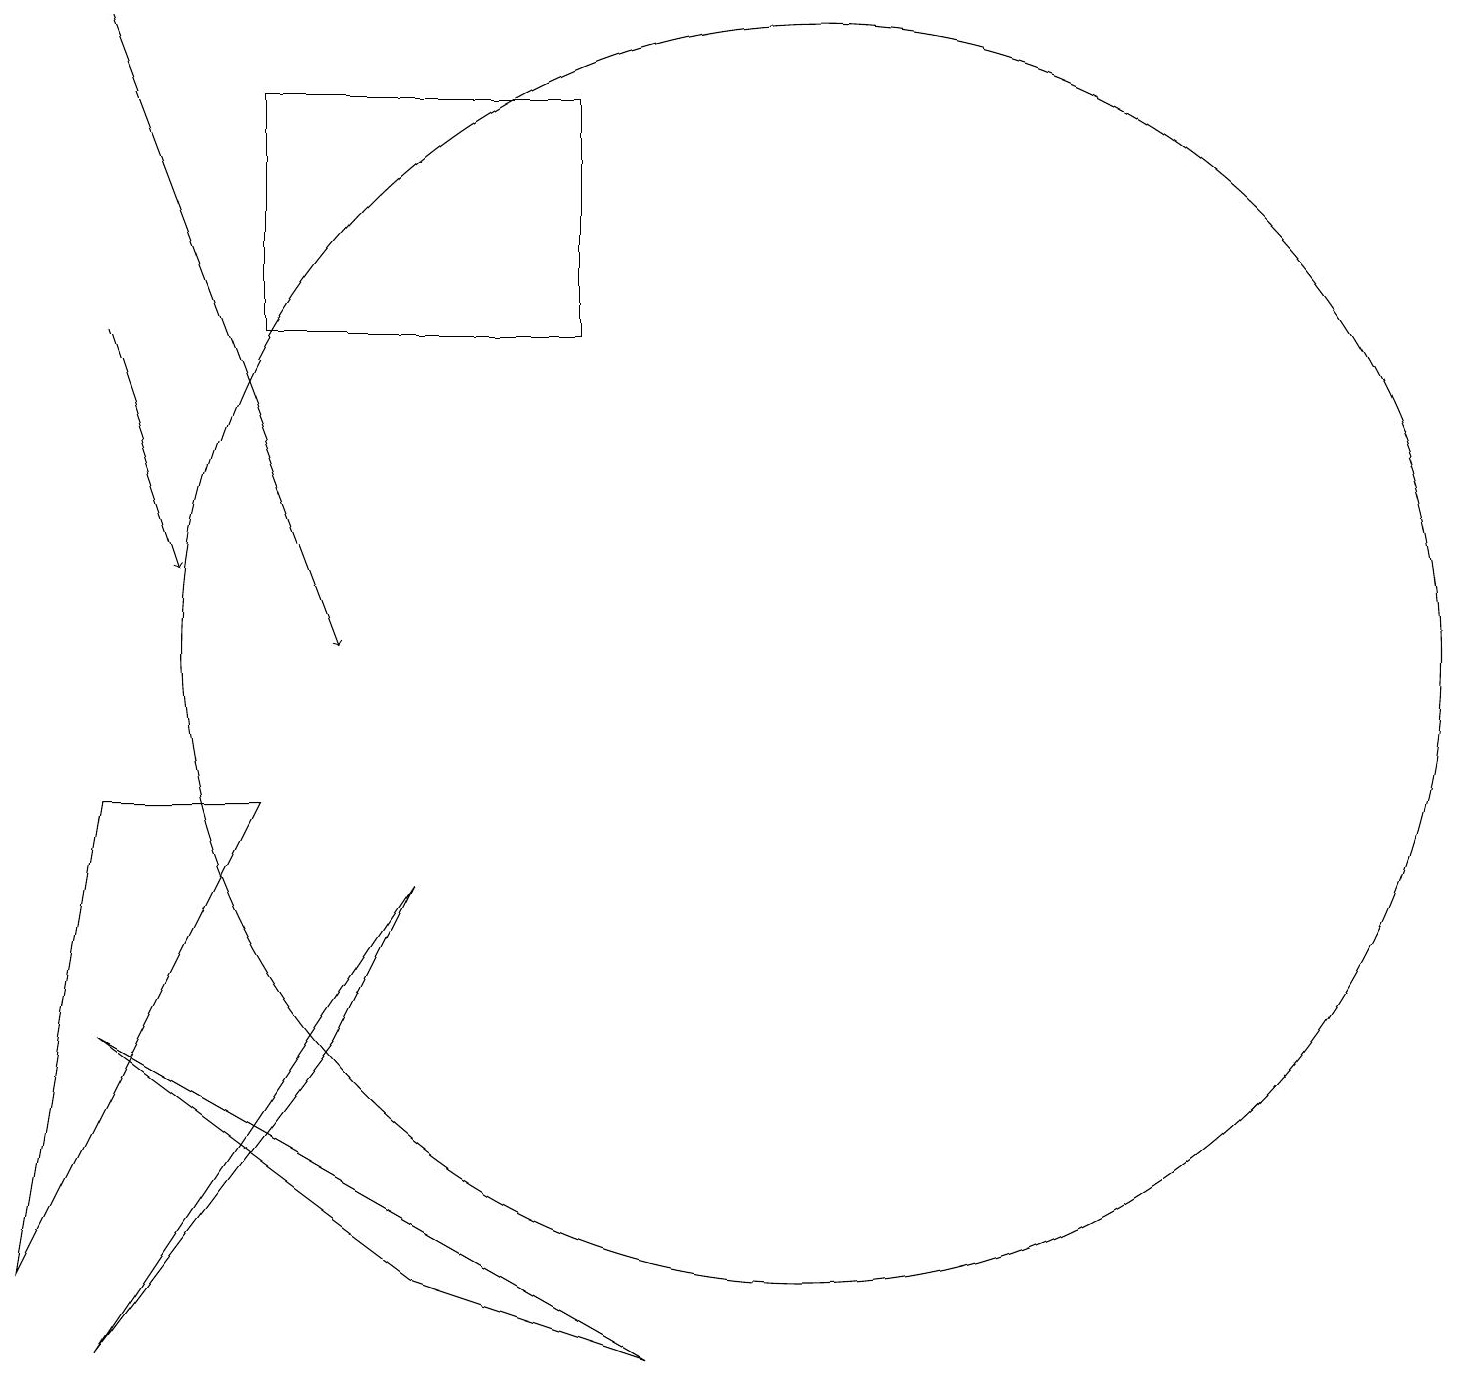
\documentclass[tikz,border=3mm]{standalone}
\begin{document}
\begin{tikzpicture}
\draw (9,2) -- (6,3) -- (2,6) -- cycle;
\draw (4,9) -- (2,9) -- (1,3) -- cycle;
\draw (8,18) rectangle (4,15);
\draw[->] (2,19) -- (5,11);
\draw (10,11) circle (0);
\draw[->] (2,15) -- (3,12);
\draw (6,8) -- (2,2) -- (5,6) -- cycle;
\draw (11,11) circle (8);
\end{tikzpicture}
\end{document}